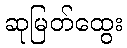
ဆုမြတ်ထွေး